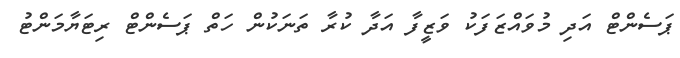
ޕަސެންޓް އަދި މުވައްޒަފަކު ވަޒީފާ އަދާ ކުރާ ތަނަކުން ހަތް ޕަސެންޓް ރިޓަޔާމަންޓު